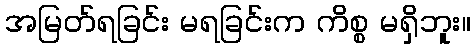
အမြတ်ရခြင်း မရခြင်းက ကိစ္စ မရှိဘူး။